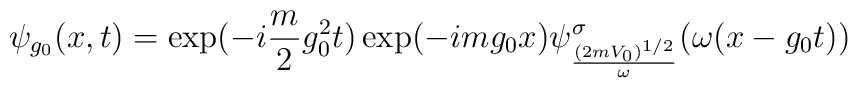
\psi_{g_0}(x,t)=\exp(-i\frac{m}{2}g_0^2t)\exp(-img_0x)\psi^\sigma_{\frac{(2mV_0)^{1/2}}{\omega}}(\omega (x-g_0t))